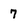
Character: 7